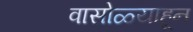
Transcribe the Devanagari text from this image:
वासोळ्याहून